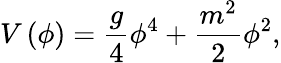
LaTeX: V\left(\phi\right)={\frac{g}{4}}\phi^{4}+{\frac{m^{2}}{2}}\phi^{2},